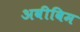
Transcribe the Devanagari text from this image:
अवीविम